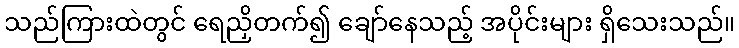
သည်ကြားထဲတွင် ရေညှိတက်၍ ချော်နေသည့် အပိုင်းများ ရှိသေးသည်။